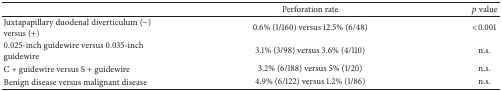
<table><thead><tr><td><b> </b></td><td><b>Perforation rate</b></td><td><b><i>p</i> value</b></td></tr></thead><tbody><tr><td>Juxtapapillary duodenal diverticulum (−) versus (+)</td><td>0.6% (1/160) versus 12.5% (6/48)</td><td>&lt;0.001</td></tr><tr><td>0.025-inch guidewire versus 0.035-inch guidewire</td><td>3.1% (3/98) versus 3.6% (4/110)</td><td>n.s.</td></tr><tr><td>C + guidewire versus S + guidewire</td><td>3.2% (6/188) versus 5% (1/20)</td><td>n.s.</td></tr><tr><td>Benign disease versus malignant disease</td><td>4.9% (6/122) versus 1.2% (1/86)</td><td>n.s.</td></tr></tbody></table>